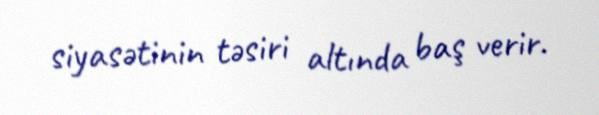
siyasətinin təsiri altında baş verir.